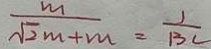
\frac { m } { \sqrt { 2 } m + m } = \frac { 1 } { 1 3 C }